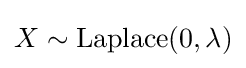
X\sim {\textrm {Laplace}}(0,\lambda )